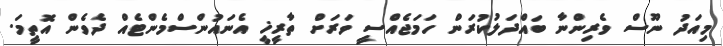
މިއަދު ނޫސް ވެރިންނާ ބައްދަލުކުރަން ހަމަޖެއްސީ ވަރަށް ތާރީޚީ އެނައުންސްމެންޓެއް ދެވެން އޮތީމަ.